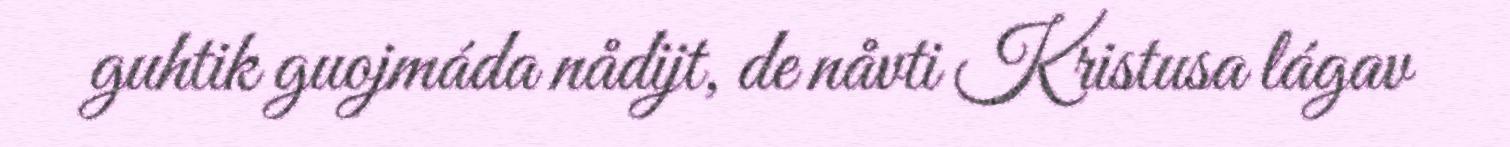
guhtik guojmáda nådijt, de nåvti Kristusa lágav